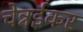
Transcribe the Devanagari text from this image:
चेन्नईकर